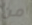
من